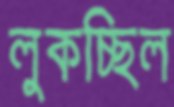
লুকচ্ছিল